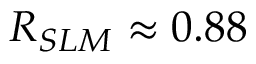
R _ { S L M } \approx 0 . 8 8